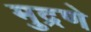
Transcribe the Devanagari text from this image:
मुद्रणे